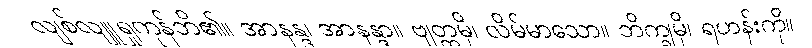
လျစ်လျူရှုကုန်ဘိ၏။ အာနန္ဒ၊ အာနန္ဒာ။ ဗျတ္တမှိ၊ လိမ်မာသော။ ဘိက္ခုမှိ၊ ရဟန်းကို။